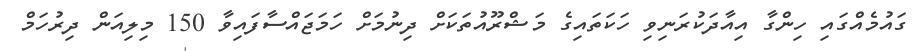
ގައުމެއްގައި ހިންގާ އިއާދަކުރަނިވި ހަކަތައިގެ މަޝްރޫއުތަކަށް ދިނުމަށް ހަމަޖައްސާފައިވާ 150 މިލިއަން ދިރުހަމް